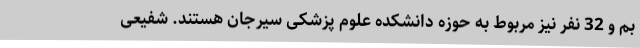
بم و 32 نفر نیز مربوط به حوزه دانشکده علوم پزشکی سیرجان هستند. شفیعی